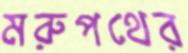
মরুপথের